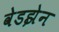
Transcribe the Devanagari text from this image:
वेडझेन